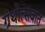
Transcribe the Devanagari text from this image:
ग्रंथोत्सवात